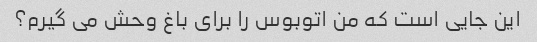
این جایی است که من اتوبوس را برای باغ وحش می گیرم؟